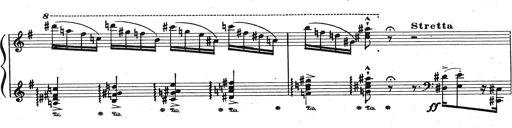
Title: Grosses Konzertsolo
Composer: Franz Liszt